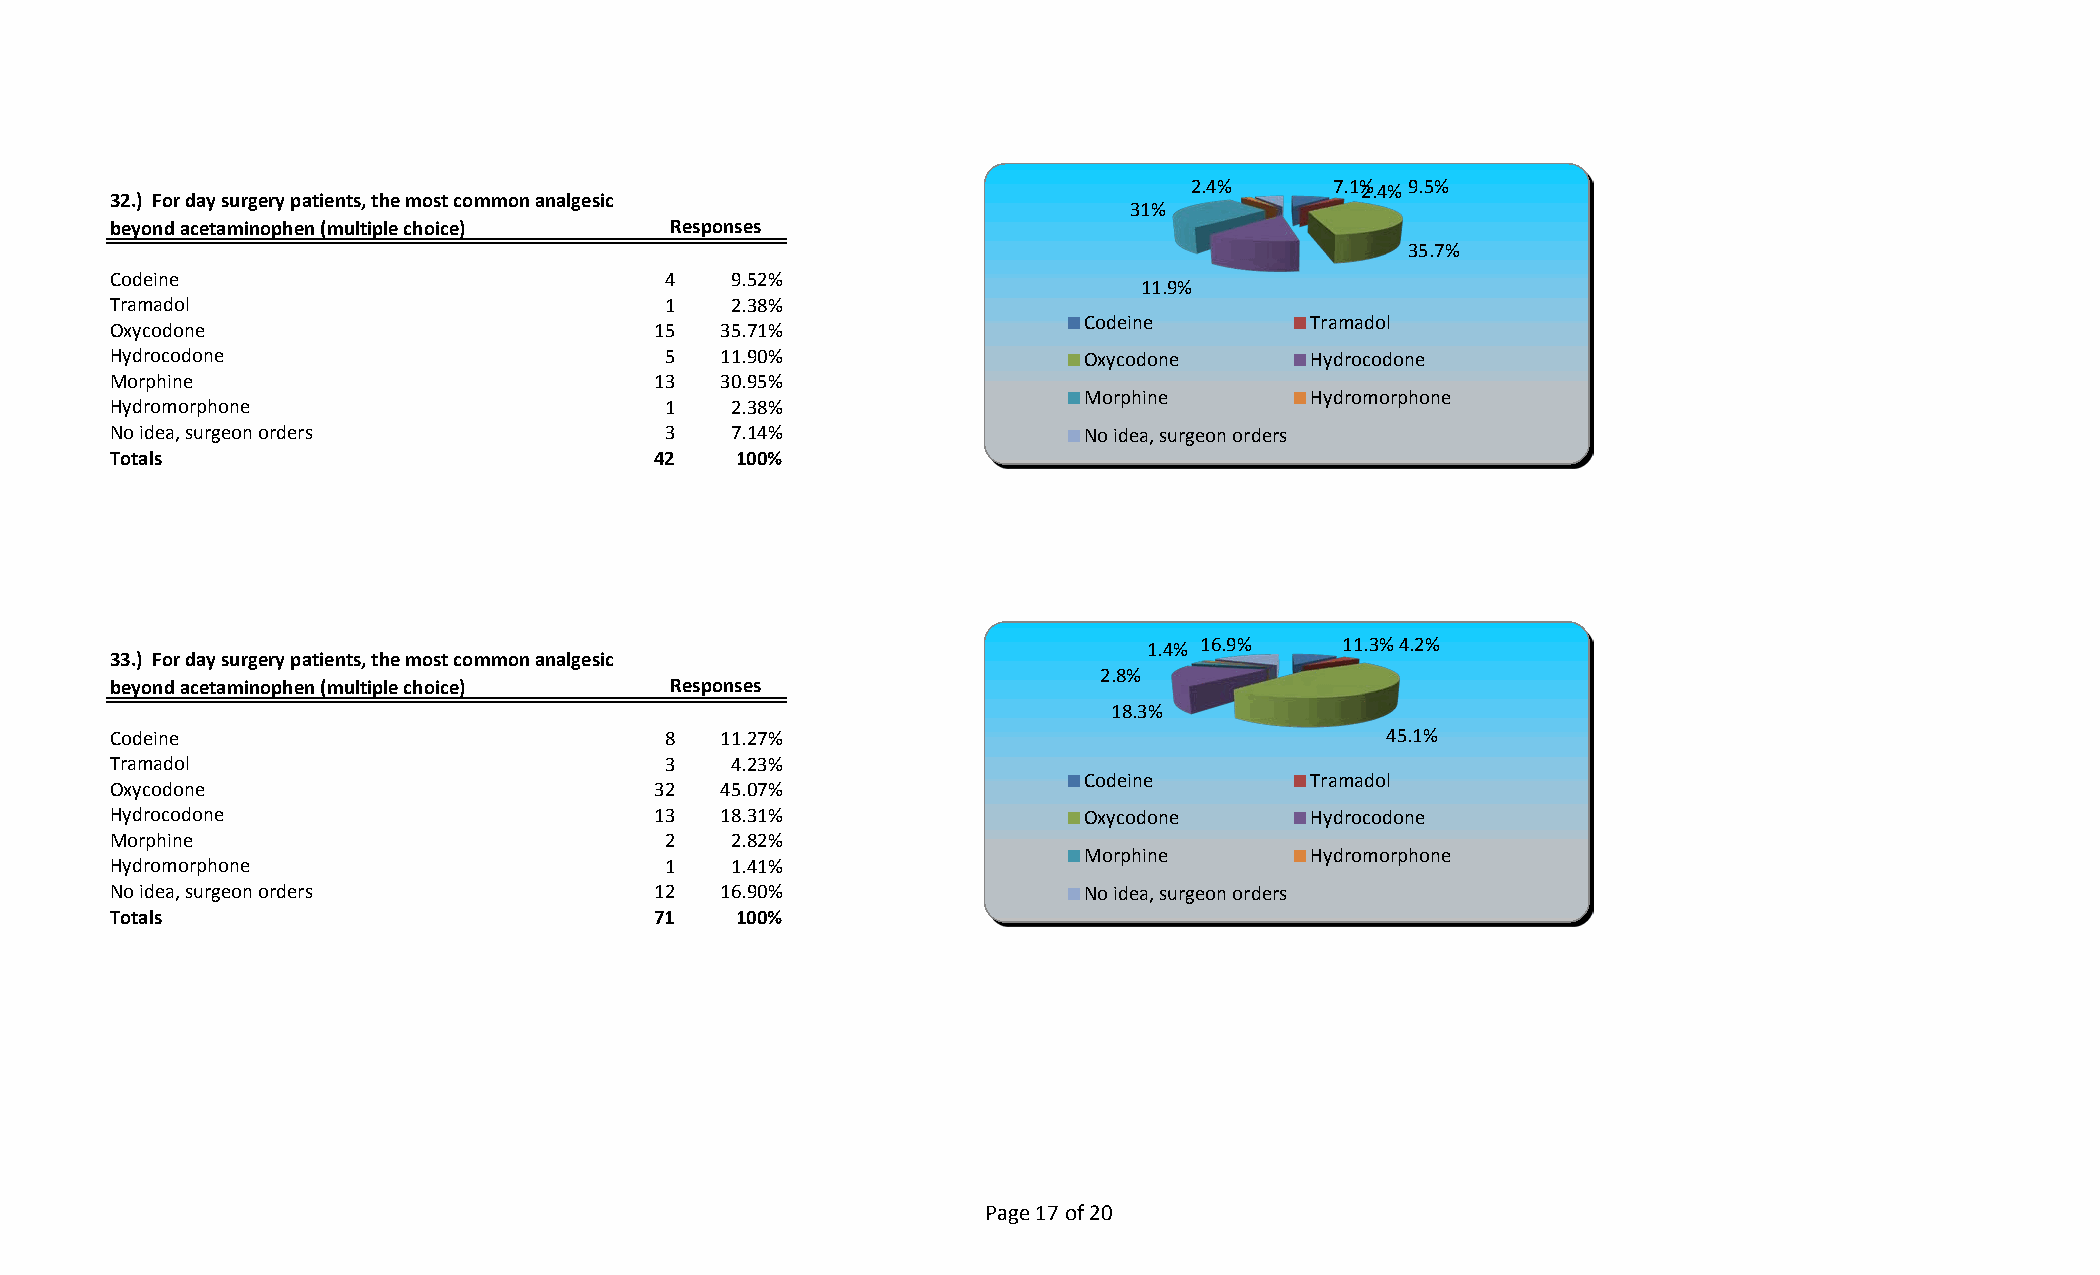
2.4%      7.1%2. 4% 9.5%
 32.) For day surgery patients, the most common analgesic
 31%
 beyond acetaminophen (multiple choice) Responses
 35.7%
 Codeine                              4   9.52%
 11.9%
 Tramadol                             1   2.38%
 Codeine        Tramadol
 Oxycodone                           15  35.71%
 Hydrocodone                          5  11.90%                  Oxycodone      Hydrocodone
 Morphine                            13  30.95%
 Morphine       Hydromorphone
 Hydromorphone                        1   2.38%
 No idea, surgeon orders              3   7.14%                  No idea, surgeon orders
 Totals                              42   100%
 1.4% 16.9%  11.3% 4.2%
 33.) For day surgery patients, the most common analgesic
 2.8%
 beyond acetaminophen (multiple choice) Responses
 18.3%
 Codeine                              8  11.27%                                      45.1%
 Tramadol                             3   4.23%
 Codeine        Tramadol
 Oxycodone                           32  45.07%
 Hydrocodone                         13  18.31%                  Oxycodone      Hydrocodone
 Morphine                             2   2.82%
 Morphine       Hydromorphone
 Hydromorphone                        1   1.41%
 No idea, surgeon orders             12  16.90%                  No idea, surgeon orders
 Totals                              71   100%
 Page 17 of 20